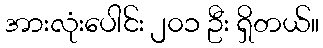
အားလုံးပေါင်း ၂၀၁ ဦး ရှိတယ်။